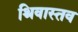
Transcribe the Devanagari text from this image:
श्रिवास्तव